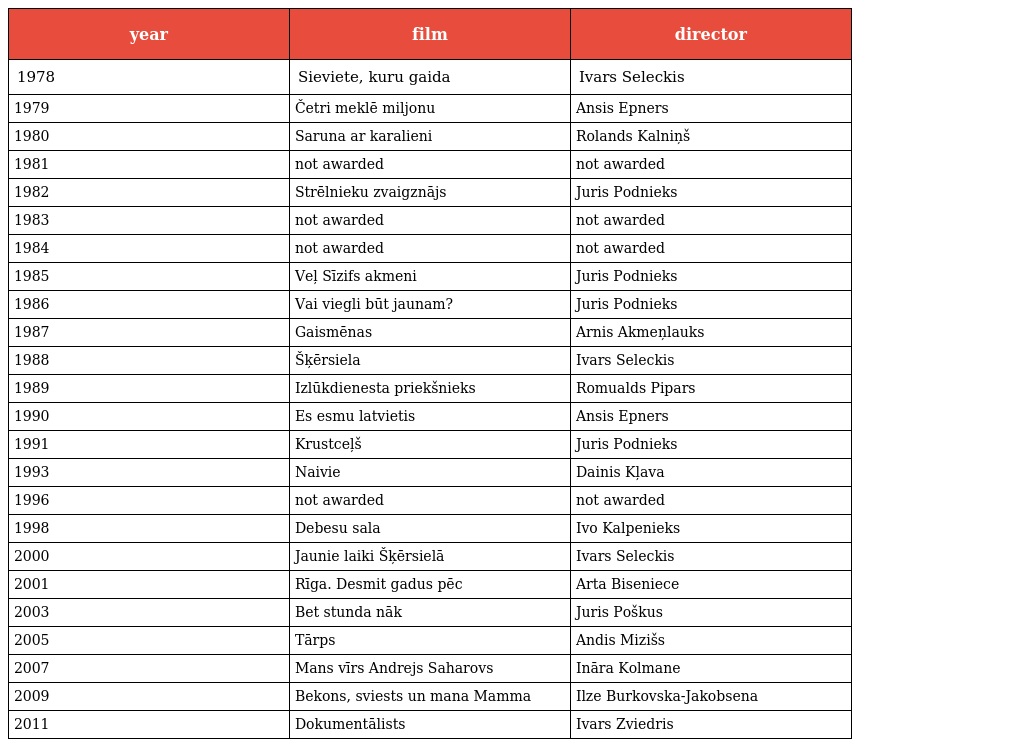
| year | film | director |
 | --- | --- | --- |
 | 1978 | Sieviete, kuru gaida | Ivars Seleckis |
 | 1979 | Četri meklē miljonu | Ansis Epners |
 | 1980 | Saruna ar karalieni | Rolands Kalniņš |
 | 1981 | not awarded | not awarded |
 | 1982 | Strēlnieku zvaigznājs | Juris Podnieks |
 | 1983 | not awarded | not awarded |
 | 1984 | not awarded | not awarded |
 | 1985 | Veļ Sīzifs akmeni | Juris Podnieks |
 | 1986 | Vai viegli būt jaunam? | Juris Podnieks |
 | 1987 | Gaismēnas | Arnis Akmeņlauks |
 | 1988 | Šķērsiela | Ivars Seleckis |
 | 1989 | Izlūkdienesta priekšnieks | Romualds Pipars |
 | 1990 | Es esmu latvietis | Ansis Epners |
 | 1991 | Krustceļš | Juris Podnieks |
 | 1993 | Naivie | Dainis Kļava |
 | 1996 | not awarded | not awarded |
 | 1998 | Debesu sala | Ivo Kalpenieks |
 | 2000 | Jaunie laiki Šķērsielā | Ivars Seleckis |
 | 2001 | Rīga. Desmit gadus pēc | Arta Biseniece |
 | 2003 | Bet stunda nāk | Juris Poškus |
 | 2005 | Tārps | Andis Mizišs |
 | 2007 | Mans vīrs Andrejs Saharovs | Ināra Kolmane |
 | 2009 | Bekons, sviests un mana Mamma | Ilze Burkovska-Jakobsena |
 | 2011 | Dokumentālists | Ivars Zviedris |